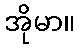
အိုမာ။